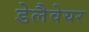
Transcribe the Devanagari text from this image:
डेलैवेयर